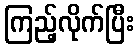
ကြည့်လိုက်ပြီး